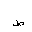
Letter: _da